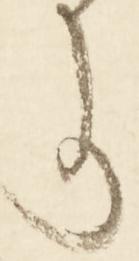
か